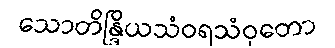
သောတိန္ဒြိယသံဝရသံဝုတော